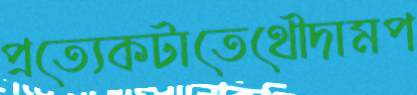
প্রত্যেকটাতেথৌদামপ